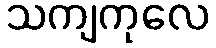
သကျကုလေ